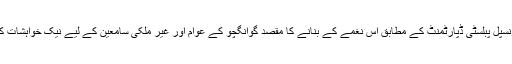
گوانگچو میونسپل پبلسٹی ڈپارٹمنٹ کے مطابق اس نغمے کے بنانے کا مقصد گوانگچو کے عوام اور غیر ملکی سامعین کے لیے نیک خواہشات کا اظہار ہے۔